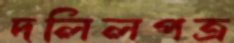
দলিলপত্র